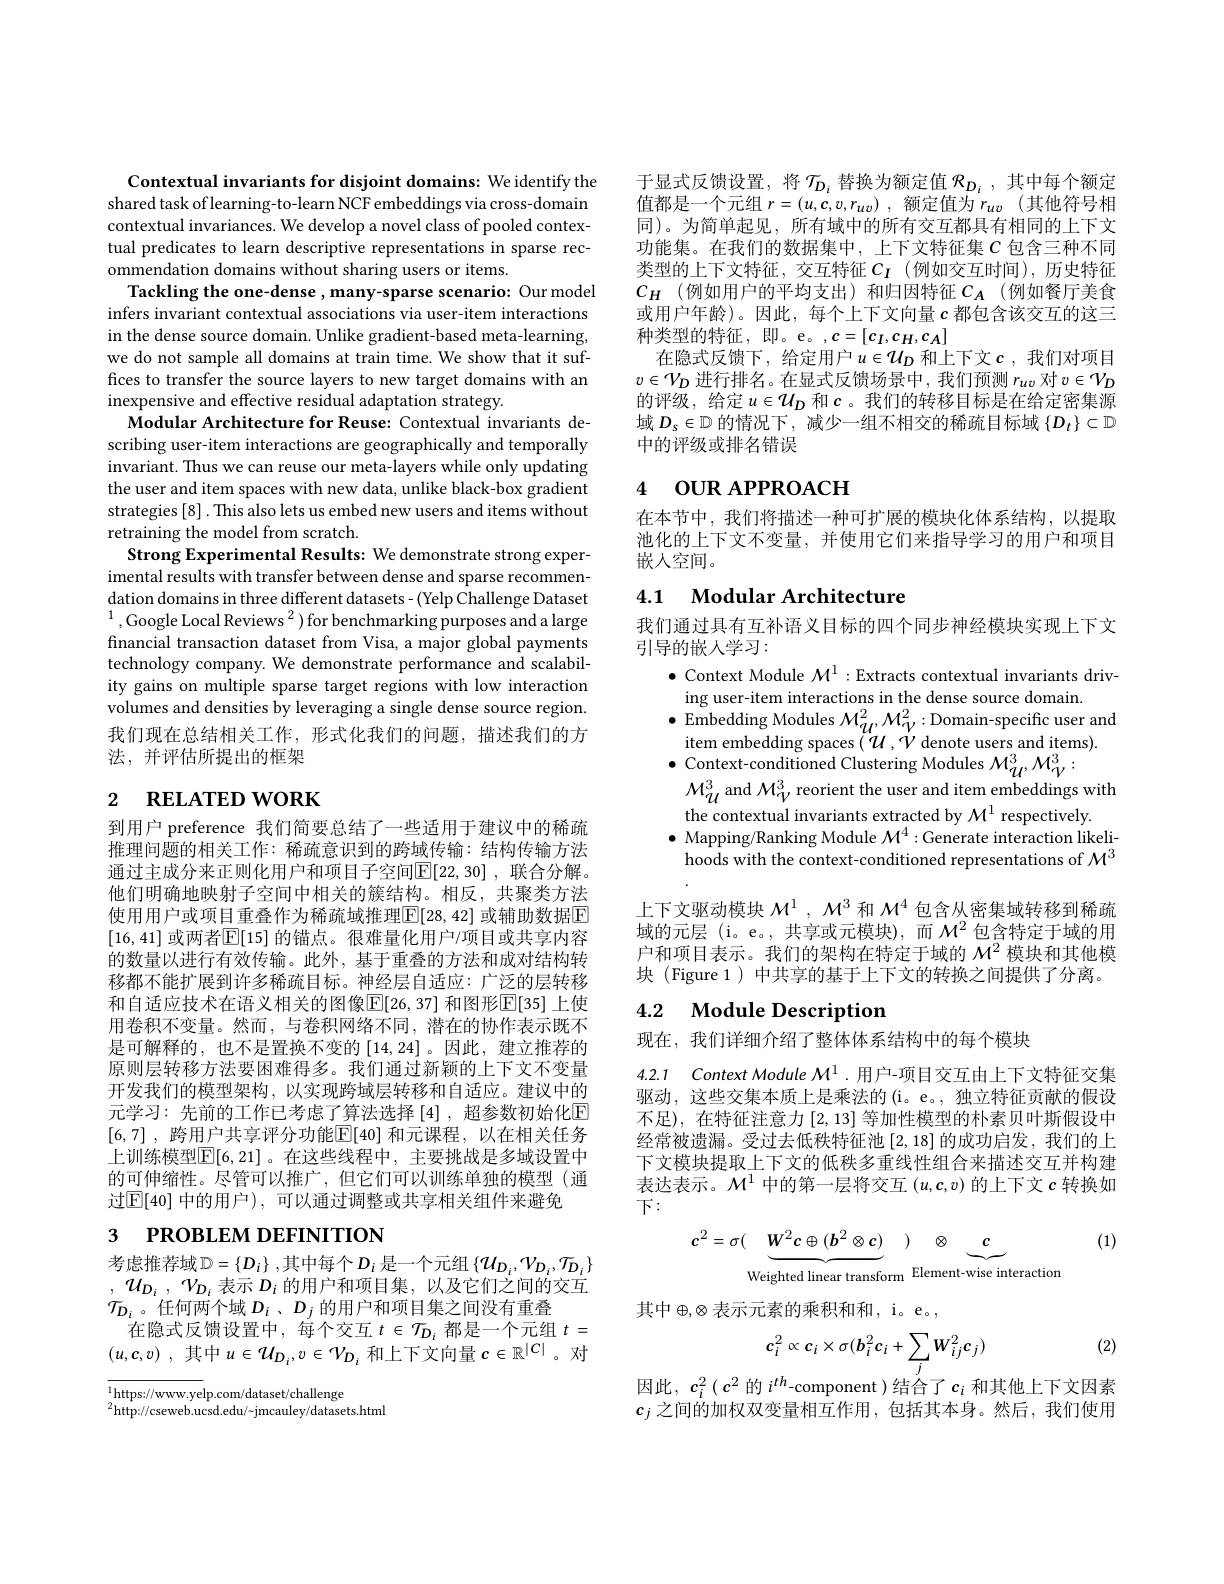
Contextual invariants for disjoint domains: We identify the shared task of learning-to-learn NCF embeddings via cross-domain contextual invariances. We develop a novel class of pooled contextual predicates to learn descriptive representations in sparse recommendation domains without sharing users or items.
Tackling the one-dense , many-sparse scenario: Our model infers invariant contextual associations via user-item interactions in the dense source domain. Unlike gradient-based meta-learning, we do not sample all domains at train time. We show that it suffices to transfer the source layers to new target domains with an inexpensive and effective residual adaptation strategy.
Modular Architecture for Reuse: Contextual invariants describing user-item interactions are geographically and temporally invariant. Thus we can reuse our meta-layers while only updating the user and item spaces with new data, unlike black-box gradient strategies [8] . This also lets us embed new users and items without retraining the model from scratch.
Strong Experimental Results: We demonstrate strong experimental results with transfer between dense and sparse recommendation domains in three different datasets- (Yelp Challenge Dataset $^{1}$,Google Local Reviews$^2)$for benchmarking purposes and a large financial transaction dataset from Visa, a major global payments technology company. We demonstrate performance and scalability gains on multiple sparse target regions with low interaction volumes and densities by leveraging a single dense source region 我们现在总结相关工作，形式化我们的问题，描述我们的方法，并评估所提出的框架

# 2 RELATED WORK

到用户 preference 我们简要总结了一些适用于建议中的稀疏推理问题的相关工作：稀疏意识到的跨域传输：结构传输方法通过主成分来正则化用户和项目子空间$\mathbb{E}[22,30]$, 联合分解。他们明确地映射子空间中相关的簇结构。相反，共聚类方法使用用户或项目重叠作为稀疏域推理$\boxed{\mathrm{F}}[28,42]$ 或辅助数据E [16,41] 或两者$\overline{\mathbb{E}}[15]$ 的锚点。很难量化用户/项目或共享内容的数量以进行有效传输。此外，基于重叠的方法和成对结构转移都不能扩展到许多稀疏目标。神经层自适应：广泛的层转移和自适应技术在语义相关的图像$\mathbb{E}[26,37]$ 和图形$\mathbb{E}[35]$ 上使用卷积不变量。然而，与卷积网络不同，潜在的协作表示既不是可解释的，也不是置换不变的[14,24]。因此，建立推荐的原则层转移方法要困难得多。我们通过新颖的上下文不变量开发我们的模型架构，以实现跨域层转移和自适应。建议中的元学习：先前的工作已考虑了算法选择[4],超参数初始化E [6,7] , 跨用户共享评分功能$\boxed{\mathrm{F}}[40]$ 和元课程，以在相关任务上训练模型$\overline{\mathbb{E}}[6,21]$ 。在这些线程中，主要挑战是多域设置中的可伸缩性。尽管可以推广，但它们可以训练单独的模型(通过$\mathbb{E}[40]$ 中的用户), 可以通过调整或共享相关组件来避免
3 РROВLEM DEFINITION

考虑推荐域 $\mathbb{D}=\left\{D_i\right\}$,其中每个$D_i$ 是一个元组 $\left\{\mathcal{U}_{D_i},\mathcal{V}_{D_i},\mathcal{T}_{D_i}\right\}$ , ${\mathcal{U} }_{D_i}$ , ${\mathcal{V} }_{D_i}$ 表示 $D_i$ 的用户和项目集，以及它们之间的交互$\mathcal{T}_{\mathcal{D}_i}$。任何两个域$D_i$ 、$D_j$的用户和项目集之间没有重叠
在隐式反馈设置中，每个交互$t\in\mathcal{T}_D_i$都是一个元组$t=$ $( u, \boldsymbol{c}, v)$ ,其中$u\in\mathcal{U}_D_i,v\in\mathcal{V}_{D_i}$和上下文向量$c\in\mathbb{R}^|C|$。对

$^{1}$https://www.yelp.com/dataset/challenge
${}^{2}{\mathrm{http://cseweb.ucsd.edu/~jmcauley/datasets.html}}$

于显式反馈设置，将$\mathcal{T}_D_i$替换为额定值$\mathcal{R}_D_i$,其中每个额定值都是一个元组$r= ( u, \dot{\boldsymbol{c}} , v, r_{uv})$ ,额定值为$r_uv$ (其他符号相同)。为简单起见，所有域中的所有交互都具有相同的上下文功能集。在我们的数据集中，上下文特征集$C$ 包含三种不同类型的上下文特征，交互特征$C_I$(例如交互时间),历史特征$C_H$ (例如用户的平均支出)和归因特征$C_A$ (例如餐厅美食或用户年龄)。因此，每个上下文向量$c$都包含该交互的这三种类型的特征，即。e。,$c=[c_I,c_H,c_A]$
在隐式反馈下，给定用户$u\in\mathcal{U}_D$ 和上下文$c$,我们对项目$v\in\mathcal{V}_D$进行排名。在显式反馈场景中，我们预测$r_uv$对$v\in\mathcal{V}_D$ 的评级，给定$u\in\mathcal{U}_D$和$c$。我们的转移目标是在给定密集源域$D_s\in\mathbb{D}$的情况下，减少一组不相交的稀疏目标域$\{D_t\}\subset\mathbb{D}$ 中的评级或排名错误

# 4 OUR APPROACH

在本节中，我们将描述一种可扩展的模块化体系结构，以提取池化的上下文不变量，并使用它们来指导学习的用户和项目嵌人空间。

## 4.1 Modular Architecture

我们通过具有互补语义目标的四个同步神经模块实现上下文
引导的嵌人学习：
$\bullet$ Context Module $\mathcal{M}^1:$Extracts contextual invariants driv-
ing user-item interactions in the dense source domain
$\bullet$Embedding Modules $\mathcal{M}_{\mathcal{U}}^{2},\mathcal{M}_{\mathcal{V}}^{2}:$Domain-specific user and
item embedding spaces $(\tilde{U},\dot{V}$ denote users and items)
$\bullet$ Context-conditioned Clustering Modules $\mathcal{M}_{\mathcal{U}}^{3},\mathcal{M}_{\mathcal{V}}^{3}:$
$\mathcal{M}_{\mathcal{U}}^3$ and $\mathcal{M}_\mathcal{V}^3$ reorient the user and item embeddings with
the contextual invariants extracted by $\mathcal{M}^1$ respectively
$\bullet$ Mapping/Ranking Module $\mathcal{M}^4:$Generate interaction likeli-
hoods with the context-conditioned representations of $\mathcal{M}^3$ 上下文驱动模块$\mathcal{M}^1,\mathcal{M}^3$和$\mathcal{M}^4$包含从密集域转移到稀疏

域的元层 (i。e。,共享或元模块),而$\mathcal{M}^2$包含特定于域的用户和项目表示。我们的架构在特定于域的$\mathcal{M}^2$模块和其他模块 (Figure 1) 中共享的基于上下文的转换之间提供了分离。

## 4.2 $\textbf{Module Description}$

现在，我们详细介绍了整体体系结构中的每个模块

4.2.1 Context Module $\mathcal{M}^1$.用户-项目交互由上下文特征交集驱动，这些交集本质上是乘法的(i。e。, 独立特征贡献的假设不足),在特征注意力[2,13] 等加性模型的朴素贝叶斯假设中经常被遗漏。受过去低秩特征池[2,18]的成功启发，我们的上下文模块提取上下文的低秩多重线性组合来描述交互并构建表达表示。$\mathcal{M}^1$中的第一层将交互$(u,\boldsymbol{c},v)$的上下文$c$转换如下：
$$c^2=\sigma(\underbrace{W^2c\oplus(b^2\otimes c)}_{\text{Weighted linear transform}})\underbrace{\otimes}_{\text{Element-wise interaction}}(1)$$
其中$\oplus,\otimes$表示元素的乘积和和，i。e,

(2)
$$c_i^2\propto c_i\times\sigma(b_i^2c_i+\sum_jW_{ij}^2c_j)$$
因此，$c_i^2\left(c^2\text{的 }i^{th}\text{-component }\right)$结合了$c_i$ 和其他上下文因素$\dot{c_j\text{ 之间的加权双变量相互作用，包括其本身。然后，我们使用}}$